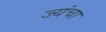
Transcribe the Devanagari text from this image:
ज्यंचा